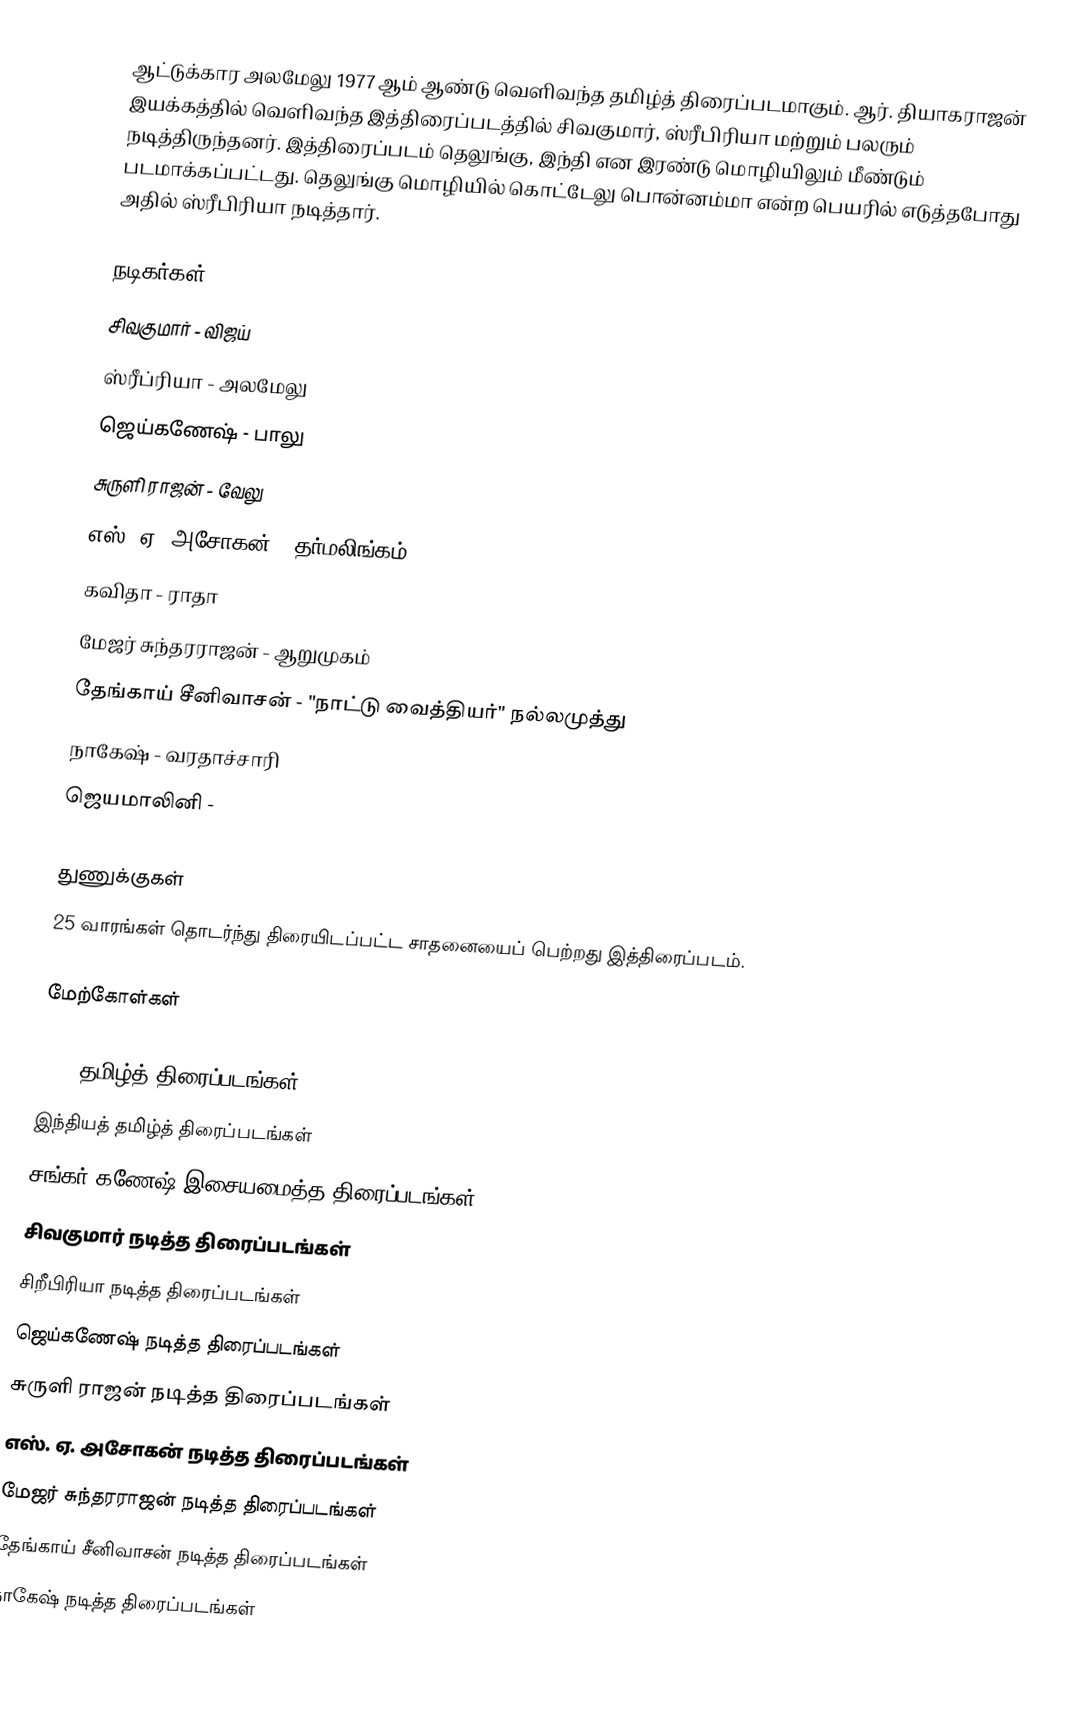
ஆட்டுக்கார அலமேலு 1977 ஆம் ஆண்டு வெளிவந்த தமிழ்த் திரைப்படமாகும். ஆர். தியாகராஜன் இயக்கத்தில் வெளிவந்த இத்திரைப்படத்தில் சிவகுமார், ஸ்ரீபிரியா மற்றும் பலரும் நடித்திருந்தனர். இத்திரைப்படம் தெலுங்கு, இந்தி என இரண்டு மொழியிலும் மீண்டும் படமாக்கப்பட்டது. தெலுங்கு மொழியில் கொட்டேலு பொன்னம்மா என்ற பெயரில் எடுத்தபோது அதில் ஸ்ரீபிரியா நடித்தார்.

நடிகர்கள்
 சிவகுமார் - விஜய்
 ஸ்ரீப்ரியா - அலமேலு
 ஜெய்கணேஷ் - பாலு
 சுருளி ராஜன் - வேலு
 எஸ். ஏ. அசோகன் - தர்மலிங்கம்
 கவிதா - ராதா
 மேஜர் சுந்தரராஜன் - ஆறுமுகம்
 தேங்காய் சீனிவாசன் - "நாட்டு வைத்தியர்" நல்லமுத்து
 நாகேஷ் - வரதாச்சாரி
 ஜெயமாலினி -

துணுக்குகள்
25 வாரங்கள் தொடர்ந்து திரையிடப்பட்ட சாதனையைப் பெற்றது இத்திரைப்படம்.

மேற்கோள்கள்

1977 தமிழ்த் திரைப்படங்கள்
இந்தியத் தமிழ்த் திரைப்படங்கள்
சங்கர் கணேஷ் இசையமைத்த திரைப்படங்கள்
சிவகுமார் நடித்த திரைப்படங்கள்
சிறீபிரியா நடித்த திரைப்படங்கள்
ஜெய்கணேஷ் நடித்த திரைப்படங்கள்
சுருளி ராஜன் நடித்த திரைப்படங்கள்
எஸ். ஏ. அசோகன் நடித்த திரைப்படங்கள்
மேஜர் சுந்தரராஜன் நடித்த திரைப்படங்கள்
தேங்காய் சீனிவாசன் நடித்த திரைப்படங்கள்
நாகேஷ் நடித்த திரைப்படங்கள்